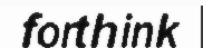
forthink